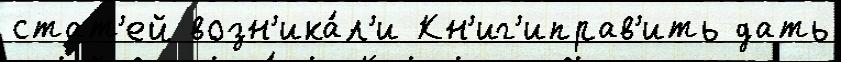
стат'ей возн'ика́л'и Кн'иг'иправ'ить дать